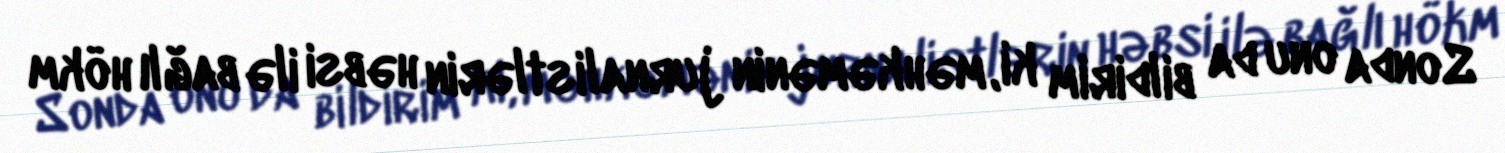
Sonda onu da bildirim ki, məhkəmənin jurnalistlərin həbsi ilə bağlı hökm